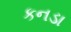
કનડા